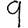
Digit: 9